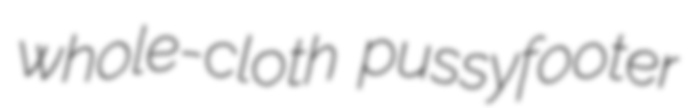
whole-cloth pussyfooter